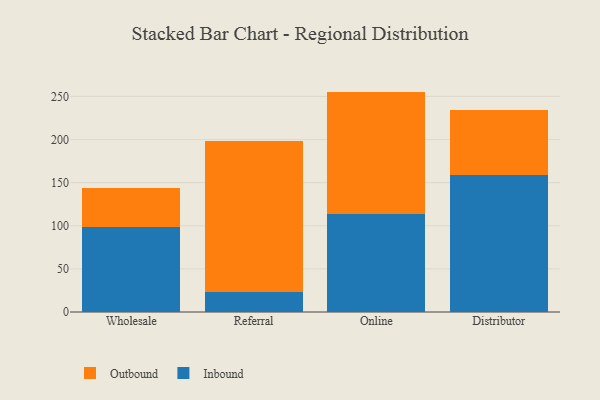
{"axis": {"x": "Channel", "y": "Temperature (°C)"}, "legend": ["Inbound", "Outbound"], "data": [{"x": "Wholesale", "y": 99.1, "type": "Inbound"}, {"x": "Wholesale", "y": 45.0, "type": "Outbound"}, {"x": "Referral", "y": 23.7, "type": "Inbound"}, {"x": "Referral", "y": 175.1, "type": "Outbound"}, {"x": "Online", "y": 113.4, "type": "Inbound"}, {"x": "Online", "y": 142.2, "type": "Outbound"}, {"x": "Distributor", "y": 159.1, "type": "Inbound"}, {"x": "Distributor", "y": 75.1, "type": "Outbound"}]}